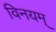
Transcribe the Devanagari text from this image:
विनयम्